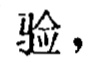
验，